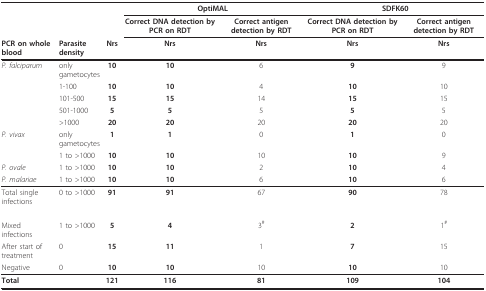
<table><thead><tr><td></td><td></td><td></td><td colspan="2"><b>OptiMAL</b></td><td colspan="2"><b>SDFK60</b></td></tr><tr><td></td><td></td><td></td><td><b>Correct DNA detection by PCR on RDT</b></td><td><b>Correct antigen detection by RDT</b></td><td><b>Correct DNA detection by PCR on RDT</b></td><td><b>Correct antigen detection by RDT</b></td></tr><tr><td><b>PCR on whole blood</b></td><td><b>Parasite density</b></td><td><b>Nrs</b></td><td><b>Nrs</b></td><td><b>Nrs</b></td><td><b>Nrs</b></td><td><b>Nrs</b></td></tr></thead><tbody><tr><td><i>P. falciparum</i></td><td>only gametocytes</td><td><b>10</b></td><td><b>10</b></td><td>6</td><td><b>9</b></td><td>9</td></tr><tr><td></td><td>1-100</td><td><b>10</b></td><td><b>10</b></td><td>4</td><td><b>10</b></td><td>10</td></tr><tr><td></td><td>101-500</td><td><b>15</b></td><td><b>15</b></td><td>14</td><td><b>15</b></td><td>15</td></tr><tr><td></td><td>501-1000</td><td><b>5</b></td><td><b>5</b></td><td>5</td><td><b>5</b></td><td>5</td></tr><tr><td></td><td>&gt;1000</td><td><b>20</b></td><td><b>20</b></td><td>20</td><td><b>20</b></td><td>20</td></tr><tr><td><i>P. vivax</i></td><td>only gametocytes</td><td><b>1</b></td><td><b>1</b></td><td>0</td><td><b>1</b></td><td>0</td></tr><tr><td></td><td>1 to &gt;1000</td><td><b>10</b></td><td><b>10</b></td><td>10</td><td><b>10</b></td><td>9</td></tr><tr><td><i>P. ovale</i></td><td>1 to &gt;1000</td><td><b>10</b></td><td><b>10</b></td><td>2</td><td><b>10</b></td><td>4</td></tr><tr><td><i>P. malariae</i></td><td>1 to &gt;1000</td><td><b>10</b></td><td><b>10</b></td><td>6</td><td><b>10</b></td><td>6</td></tr><tr><td>Total single infections</td><td>0 to &gt;1000</td><td><b>91</b></td><td><b>91</b></td><td>67</td><td><b>90</b></td><td>78</td></tr><tr><td>Mixed infections</td><td>1 to &gt;1000</td><td><b>5</b></td><td><b>4</b></td><td>3<sup>#</sup></td><td><b>2</b></td><td>1<sup>#</sup></td></tr><tr><td>After start of treatment</td><td>0</td><td><b>15</b></td><td><b>11</b></td><td>1</td><td><b>7</b></td><td>15</td></tr><tr><td>Negative</td><td>0</td><td><b>10</b></td><td><b>10</b></td><td>10</td><td><b>10</b></td><td>10</td></tr><tr><td><b>Total</b></td><td></td><td><b>121</b></td><td><b>116</b></td><td><b>81</b></td><td><b>109</b></td><td><b>104</b></td></tr></tbody></table>